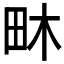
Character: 𤱃